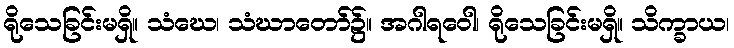
ရိုသေခြင်းမရှိ။ သံဃေ၊ သံဃာတော်၌။ အဂါရဝေါ၊ ရိုသေခြင်းမရှိ။ သိက္ခာယ၊